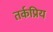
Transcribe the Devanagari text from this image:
तर्कप्रिय